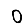
Digit: 0